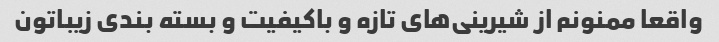
واقعا ممنونم از شیرینی‌های تازه و باکیفیت و بسته بندی زیباتون